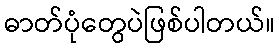
ဓာတ်ပုံတွေပဲဖြစ်ပါတယ်။